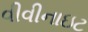
વીવીનાઇટ